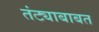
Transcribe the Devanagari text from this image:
तंट्याबाबत